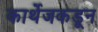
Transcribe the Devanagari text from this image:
कार्थेजकडून